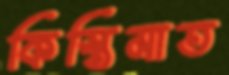
কিস্তিমাত